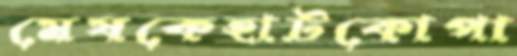
মেষকেহাটকোপা